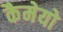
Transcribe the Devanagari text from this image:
कैमेयो